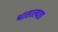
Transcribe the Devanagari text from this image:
श्वासाल्पता